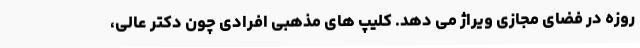
روزه در فضای مجازی ویراژ می دهد. کلیپ های مذهبی افرادی چون دکتر عالی،